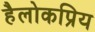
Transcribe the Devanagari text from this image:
हैलोकप्रिय